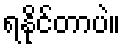
ရနိုင်တာပဲ။